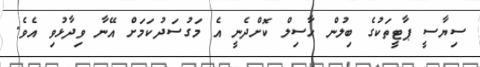
ސިޔާސީ ޕާޓީތަކުގެ ބިލުން ހާސިލް ކޮށްދެނީ އެ މަގުސަދުކަމަށް އޭނާ ވިދާޅުވި އެވެ.